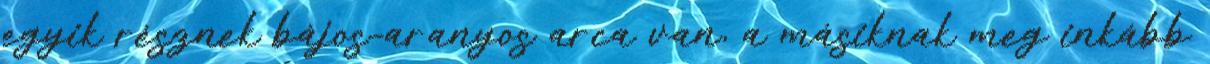
egyik résznek bájos-aranyos arca van, a másiknak meg inkább